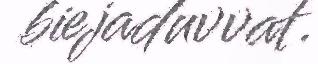
biejaduvvat.